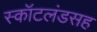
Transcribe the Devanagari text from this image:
स्कॉटलंडसह